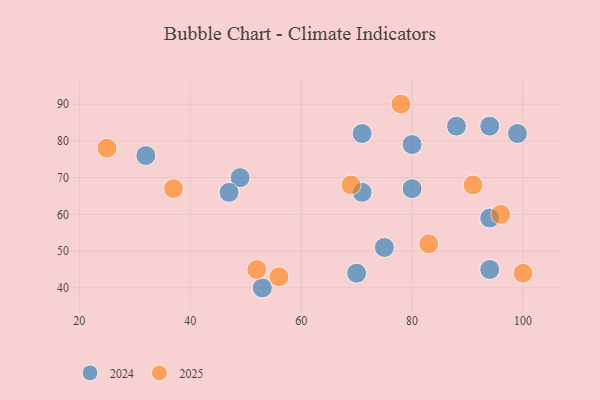
{"axis": {"x": "GDP", "y": "Life Expectancy"}, "legend": ["2024", "2025"], "data": [{"x": "53", "y": 40, "type": "2024"}, {"x": "70", "y": 44, "type": "2024"}, {"x": "80", "y": 67, "type": "2024"}, {"x": "75", "y": 51, "type": "2024"}, {"x": "94", "y": 45, "type": "2024"}, {"x": "32", "y": 76, "type": "2024"}, {"x": "71", "y": 66, "type": "2024"}, {"x": "94", "y": 59, "type": "2024"}, {"x": "71", "y": 82, "type": "2024"}, {"x": "94", "y": 84, "type": "2024"}, {"x": "80", "y": 79, "type": "2024"}, {"x": "49", "y": 70, "type": "2024"}, {"x": "88", "y": 84, "type": "2024"}, {"x": "99", "y": 82, "type": "2024"}, {"x": "47", "y": 66, "type": "2024"}, {"x": "52", "y": 45, "type": "2025"}, {"x": "78", "y": 90, "type": "2025"}, {"x": "100", "y": 44, "type": "2025"}, {"x": "96", "y": 60, "type": "2025"}, {"x": "56", "y": 43, "type": "2025"}, {"x": "91", "y": 68, "type": "2025"}, {"x": "25", "y": 78, "type": "2025"}, {"x": "69", "y": 68, "type": "2025"}, {"x": "37", "y": 67, "type": "2025"}, {"x": "83", "y": 52, "type": "2025"}]}